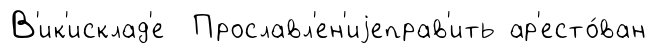
В'ик'исклад'е Прославл'ен'иjеправ'ить ар'есто́ван